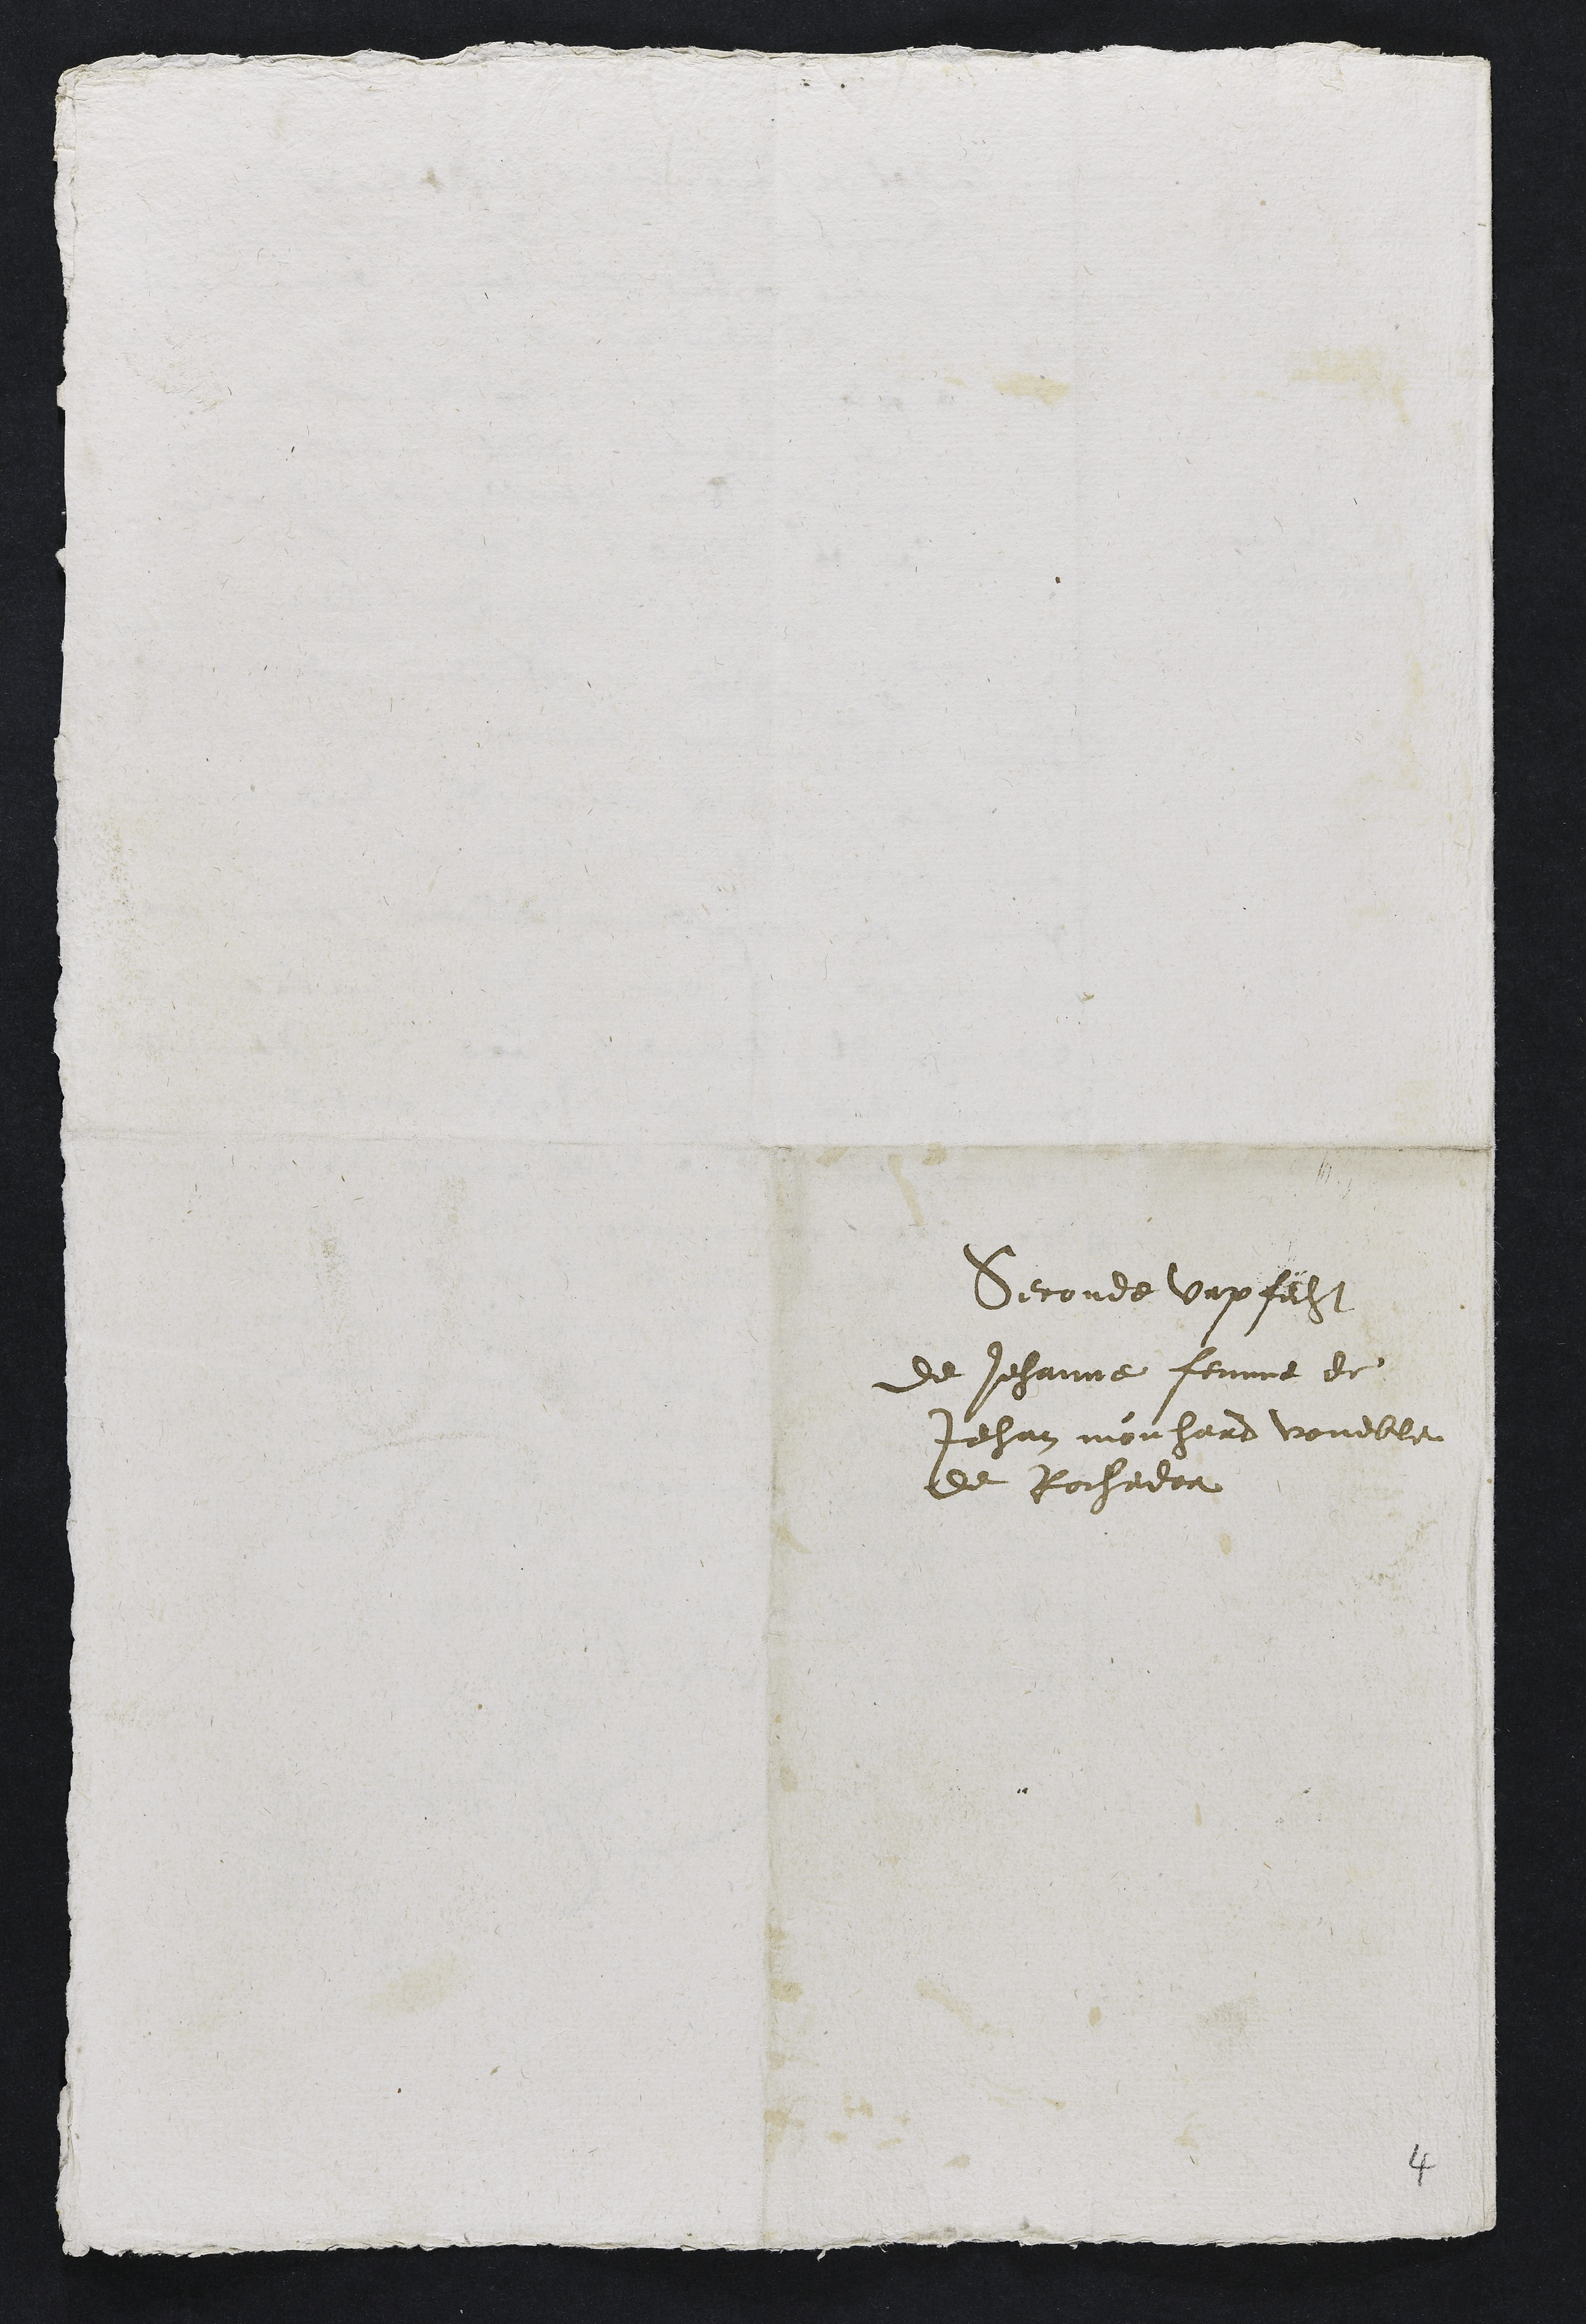
seconde Vrpfecht
de Jehanne femme de
Jehan mouhard voueble
de Rochedor